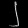
Digit: ၂